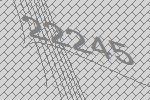
22245